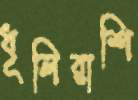
ধূলিরাশি